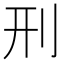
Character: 刑